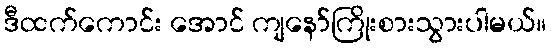
ဒီထက်ကောင်း အောင် ကျနော်ကြိုးစားသွားပါမယ်။